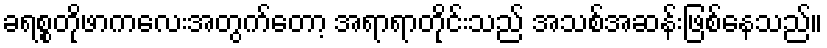
ခရစ္စတိုဖာကလေးအတွက်တော့ အရာရာတိုင်းသည် အသစ်အဆန်းဖြစ်နေသည်။